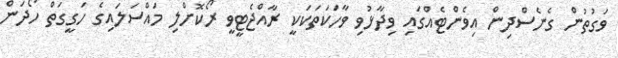
ވަގުތުން ގެނެސްދިން އިވެންޓެއްގައި ވިދާޅުވި ވާހަކަތަކަކީ ރާއްޖެޓީވީ ރޯކޮށްލި މައްސަލައިގެ ހަގީގަތް ހޯދަން